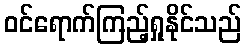
ဝင်ရောက်ကြည့်ရှုနိုင်သည်